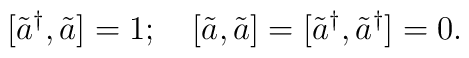
\lbrack \tilde{a}^{\dagger },\tilde{a}]=1;\quad \left[ \tilde{a},\tilde{a}\right] =[\tilde{a}^{\dagger },\tilde{a}^{\dagger }]=0.